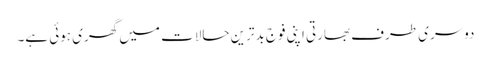
دوسری طرف بھارتی اپنی فوج بدترین حالات میں گھری ہوئی ہے۔